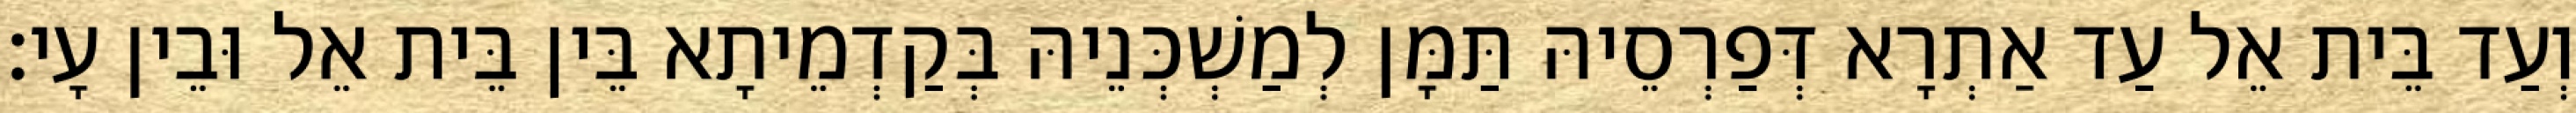
וְעַד בֵּית אֵל עַד אַתְרָא דְּפַרְסֵיהּ תַּמָּן לְמַשְׁכְּנֵיהּ בְּקַדְמֵיתָא בֵּין בֵּית אֵל וּבֵין עָי׃